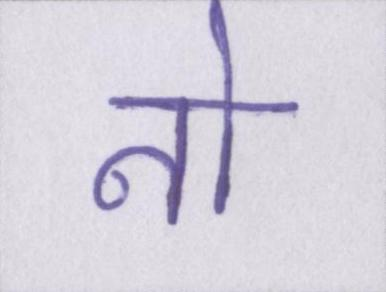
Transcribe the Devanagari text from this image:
नो